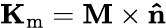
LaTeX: \mathbf{K}_{\mathrm{m}}=\mathbf{M}\times\mathbf{\hat{n}}